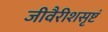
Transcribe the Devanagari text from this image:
जीवैरीशसृष्टं